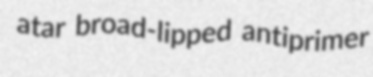
atar broad-lipped antiprimer